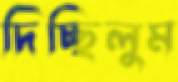
দিচ্ছিলুম